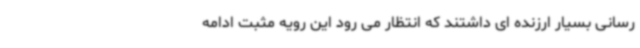
رسانی بسیار ارزنده ای داشتند که انتظار می رود این رویه مثبت ادامه